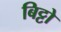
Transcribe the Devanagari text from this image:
बिट्टो